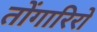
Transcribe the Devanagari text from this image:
तोंगारिरो